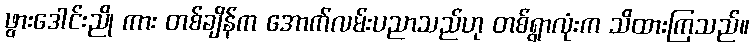
ဖွားဒေါင်းညို ကား တစ်ချိန်က အောက်လမ်းပညာသည်ဟု တစ်ရွာလုံးက သိထားကြသည်။